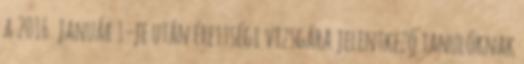
a 2016. január 1-je után érettségi vizsgára jelentkező tanulóknak